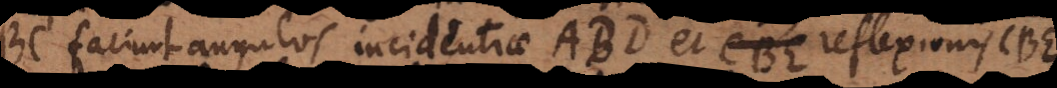
BC faciunt angulos incidentiae ABD et reflexionis CBE